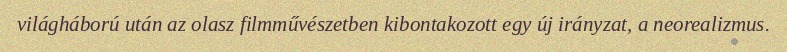
világháború után az olasz filmművészetben kibontakozott egy új irányzat, a neorealizmus.